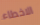
الاخطاء